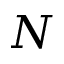
N